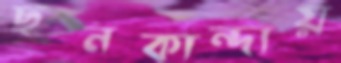
ছনকান্দায়